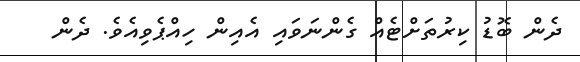
ދެން ބޮޑު ކިރުތަށްޓެއް ގެންނަވައި އެއިން ހިއްޕެވިއެވެ. ދެން